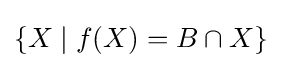
\{X\mid f(X)=B\cap X\}